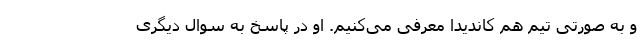
و به صورتی تیم هم کاندیدا معرفی می‌کنیم. او در پاسخ به سوال دیگری